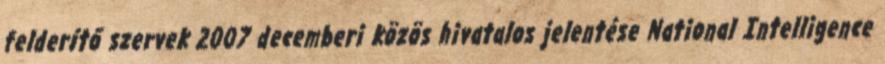
felderítő szervek 2007 decemberi közös hivatalos jelentése National Intelligence